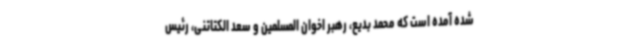
شده آمده است که محمد بدیع، رهبر اخوان المسلمین و سعد الکتاتنی، رئیس